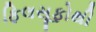
ફિલસૂફોથી